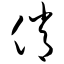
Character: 俏